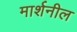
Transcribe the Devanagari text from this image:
मार्शनील